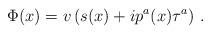
LaTeX: \begin{align*}\Phi(x) = v\left( s(x) + i p^a (x) \tau^a \right)\, .\end{align*}